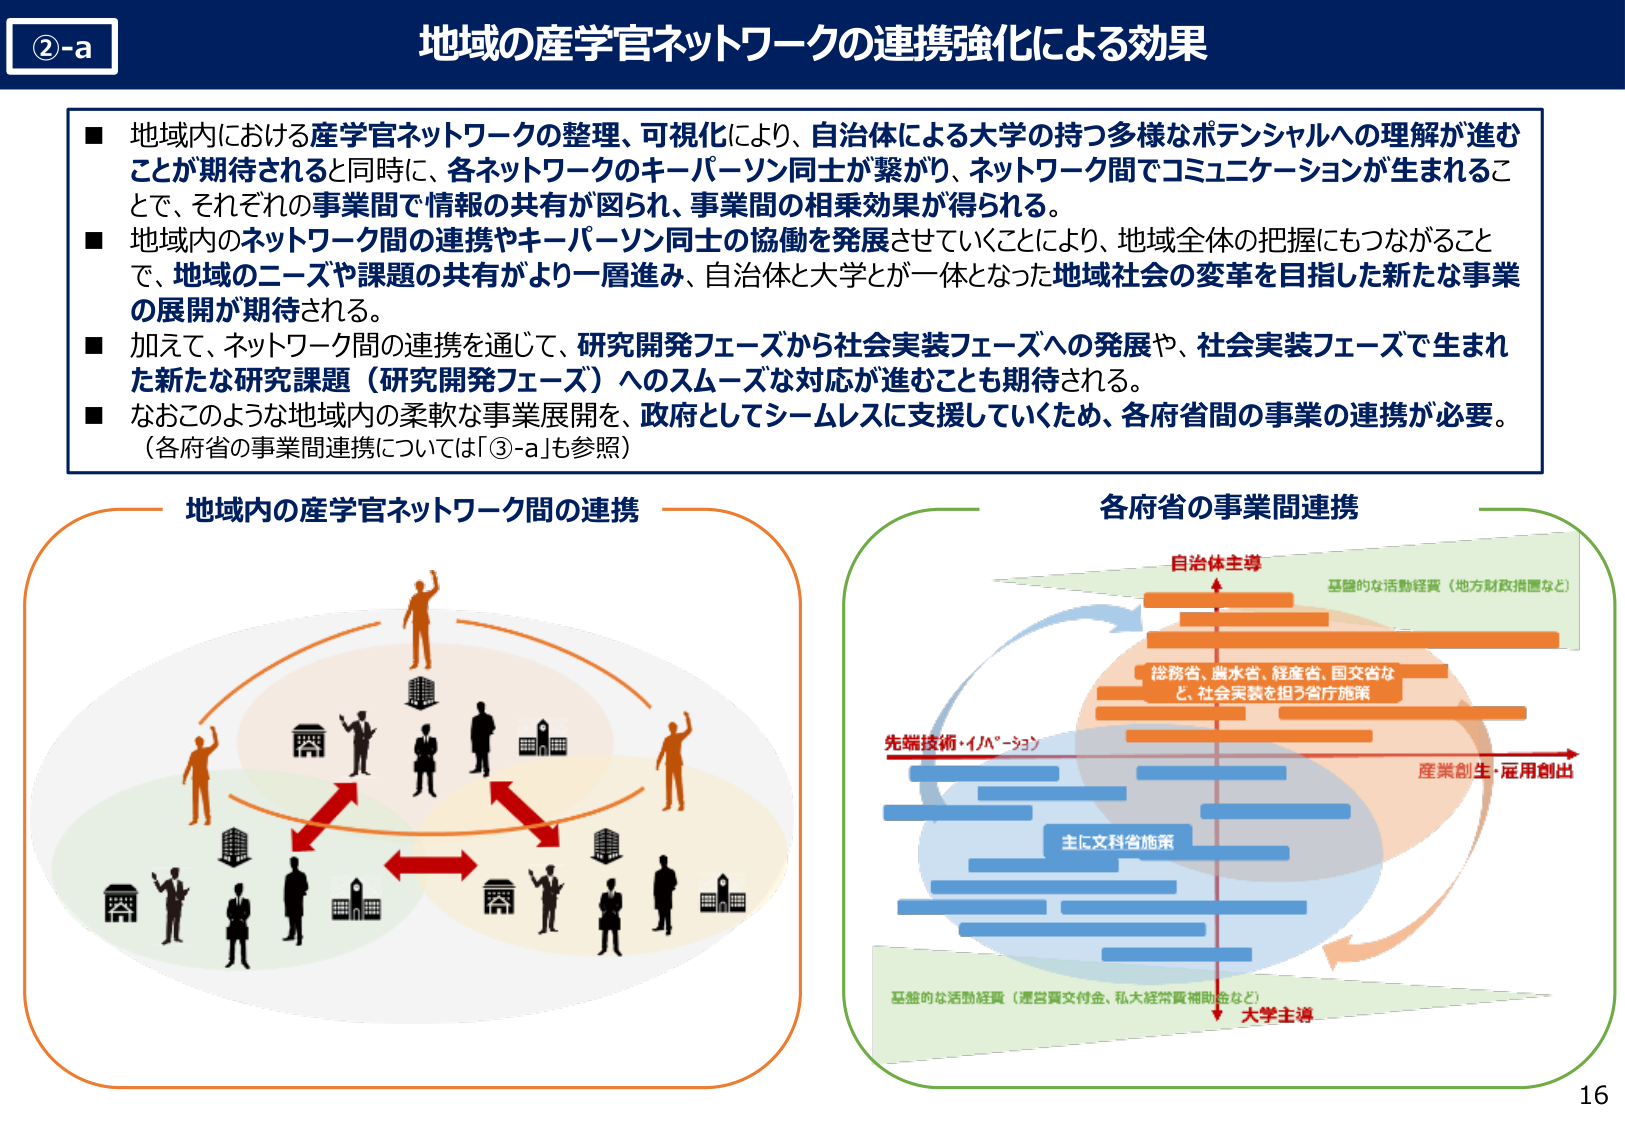
②-a
地域の産学官ネットワークの連携強化による効果

■ 地域内における産学官ネットワークの整理、可視化により、自治体による大学の持つ多様なポテンシャルへの理解が進むことが期待されると同時に、各ネットワークのキーパーソン同士が繋がり、ネットワーク間でコミュニケーションが生まれることで、それぞれの事業間で情報の共有が図られ、事業間の相乗効果が得られる。
■ 地域内のネットワーク間の連携やキーパーソン同士の協働を発展させていくことにより、地域全体の把握にもつながることで、地域のニーズや課題の共有がより一層進み、自治体と大学が一体となった地域社会の変革を目指した新たな事業の展開が期待される。
■ 加えて、ネットワーク間の連携を通じて、研究開発フェーズから社会実装フェーズへの発展や、社会実装フェーズで生まれた新たな研究課題（研究開発フェーズ）へのスムーズな対応が進むことも期待される。
■ なおこのような地域内の柔軟な事業展開を、政府としてシームレスに支援していくため、各府省間の事業の連携が必要。（各府省の事業間連携については「③-a」も参照）

地域内の産学官ネットワーク間の連携

各府省の事業間連携
自治体主導
基礎的な活動経費（地方財政措置など）
総務省、農水省、経産省、国交省など、社会実装を担う省庁施策
先端技術・イノベーション
産業創生・雇用創出
主に文科省施策
基礎的な活動経費（運営費交付金、私大経常費補助金など）
大学主導

16